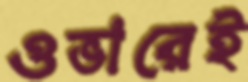
ওভারেই